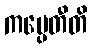
ကပ္ပေတီတိ